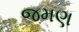
જમણ